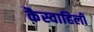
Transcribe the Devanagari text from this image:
कैस्वाहिली